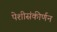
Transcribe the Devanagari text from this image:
पेशीसंकीर्णन